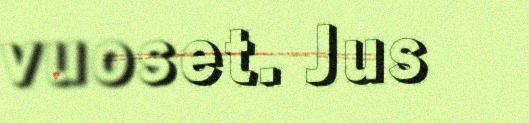
vuoset. Jus